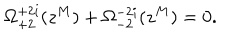
LaTeX: \Omega _ { + 2 } ^ { + 2 i } ( z ^ { M } ) + \Omega _ { - 2 } ^ { - 2 i } ( z ^ { M } ) = 0 .